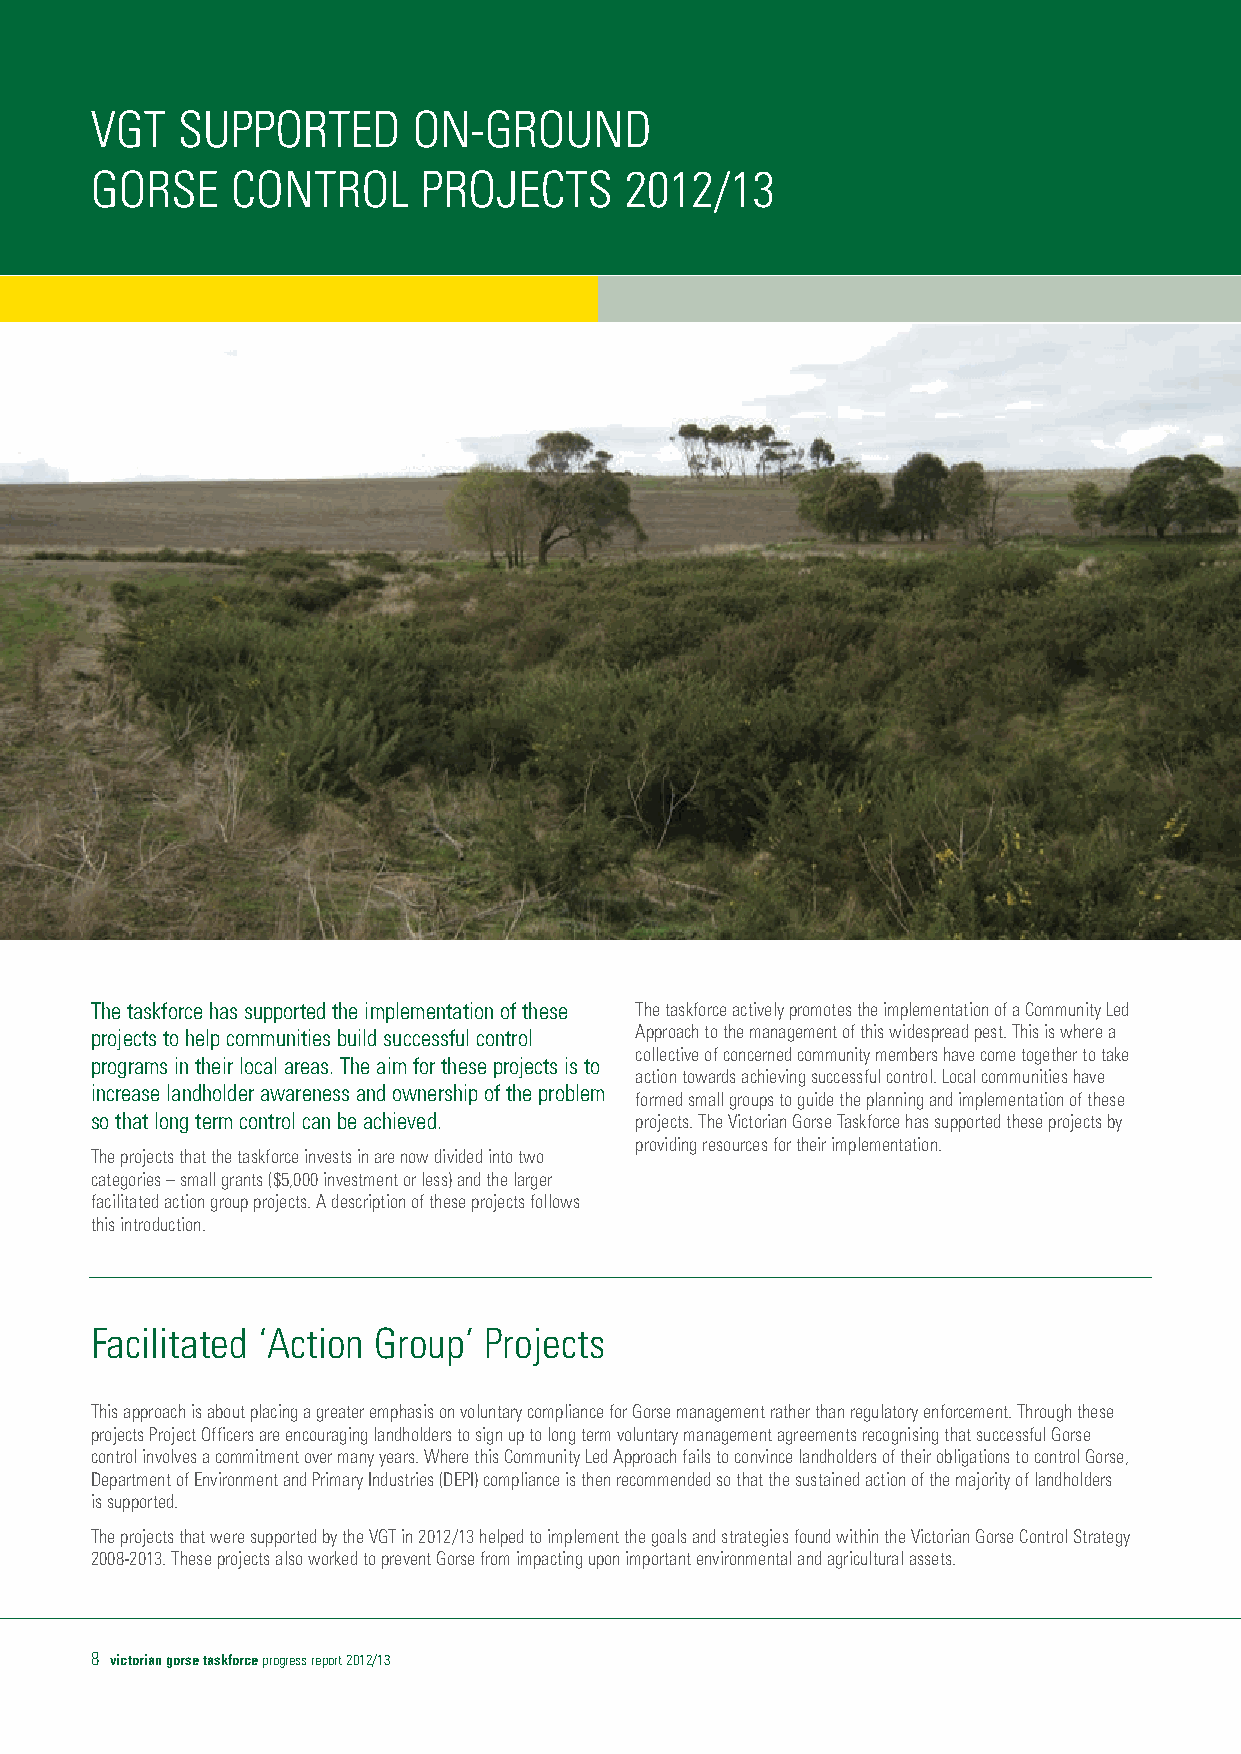
VGT   SUPPORTED      ON-GROUND
 GORSE    CONTROL      PROJECTS     2012/13
 The taskforce has supported the implementation of these The taskforce actively promotes the implementation of a Community Led
 projects to help communities build successful control Approach to the management of this widespread pest. This is where a
 collective of concerned community members have come together to take
 programs in their local areas. The aim for these projects is to
 action towards achieving successful control. Local communities have
 increase landholder awareness and ownership of the problem
 formed small groups to guide the planning and implementation of these
 so that long term control can be achieved. projects. The Victorian Gorse Taskforce has supported these projects by
 providing resources for their implementation.
 The projects that the taskforce invests in are now divided into two
 categories – small grants ($5,000 investment or less) and the larger
 facilitated action group projects. A description of these projects follows
 this introduction.
 Facilitated ‘Action Group’ Projects
 This approach is about placing a greater emphasis on voluntary compliance for Gorse management rather than regulatory enforcement. Through these
 projects Project Officers are encouraging landholders to sign up to long term voluntary management agreements recognising that successful Gorse
 control involves a commitment over many years. Where this Community Led Approach fails to convince landholders of their obligations to control Gorse,
 Department of Environment and Primary Industries (DEPI) compliance is then recommended so that the sustained action of the majority of landholders
 is supported.
 The projects that were supported by the VGT in 2012/13 helped to implement the goals and strategies found within the Victorian Gorse Control Strategy
 2008-2013. These projects also worked to prevent Gorse from impacting upon important environmental and agricultural assets.
 8 victorian gorse taskforce progress report 2012/13